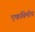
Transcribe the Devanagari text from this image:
एकबिमीय